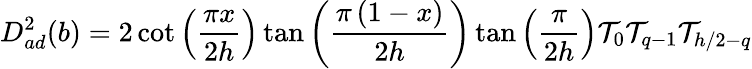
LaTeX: D_{ad}^{2}(b)=2\cot\left(\frac{\pi x}{2h}\right)\tan\left(\frac{\pi\left(1-x\right)}{2h}\right)\tan\left(\frac{\pi}{2h}\right)\mathcal{T}_{0}\mathcal{T}_{q-1}\mathcal{T}_{h/2-q}